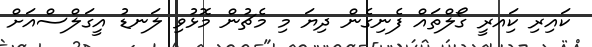
ކައިރި ކަިއރީ ގޯލްތައް ފެނިގެން ދިޔަ މި މެޗުން މޮޅުވި ލަނޑު އީގަލްސްއަށް